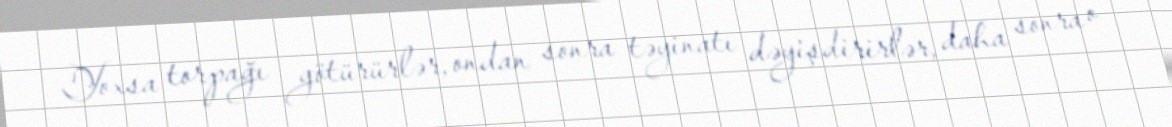
Yoxsa torpağı götürürlər, ondan sonra təyinatı dəyişdirirlər, daha sonra o